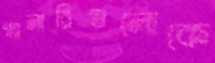
গ্যালারিগুলোকে